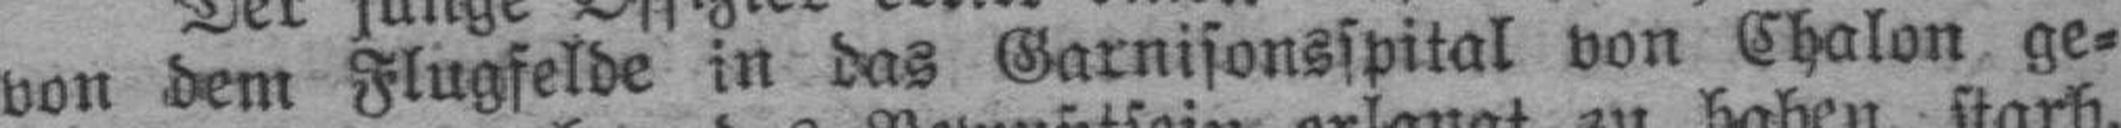
von dem Flugfelde in das Garnisonsspital von Chalon ge¬